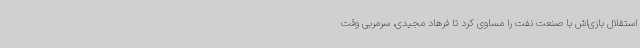
استقلال بازی‌اش با صنعت ‌نفت را مساوی کرد تا فرهاد مجیدی، سرمربی وقت